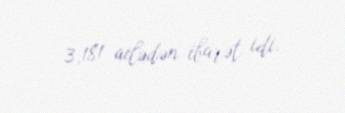
3,181 ailədən ibarət idi.